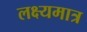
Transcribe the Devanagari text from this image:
लक्ष्यमात्र